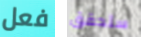
فعل ستحقق